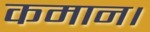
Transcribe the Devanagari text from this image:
कमान।